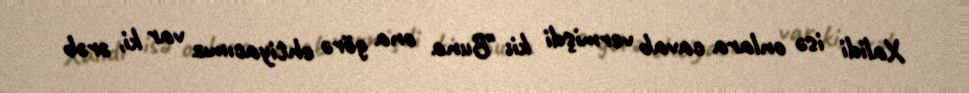
Xalidi isə onlara cavab vermişdi ki: "Buna ona görə ehtiyacımız var ki, ərəb